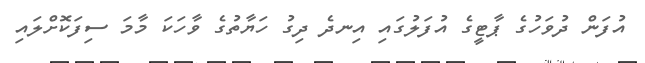
އުފަން ދުވަހުގެ ޕާޓީގެ އުފަލުގައި އިނދެ ދިގު ހަޔާތުގެ ވާހަކަ މާމަ ސިފަކޮށްލައި